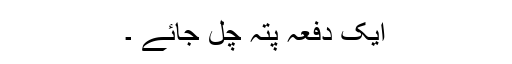
ایک دفعہ پتہ چل جائے ۔